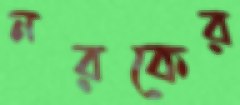
নরকের